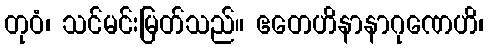
တုဝံ၊ သင်မင်းမြတ်သည်။ ဧတေဟိနာနာဂုဏေဟိ၊